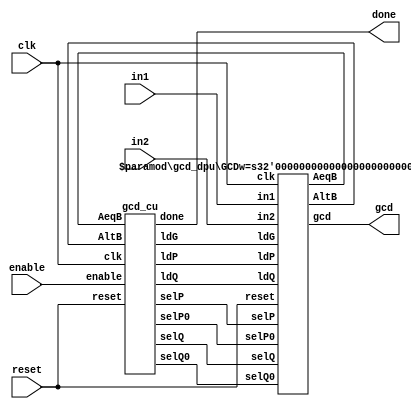
/************************
*	GCD
*************************/

// synthesis translate_off
`timescale 1ns / 1ps
// synthesis translate_on


module gcd #(
parameter GCDw=32

)( clk, reset, enable, in1, in2, done, gcd);
	input clk, reset;
	input [GCDw-1 : 0] in1, in2;
	output [GCDw-1 : 0] gcd;
	input enable;
	output done;
	wire ldG, ldP, ldQ, selP0, selQ0, selP, selQ;
	wire AeqB, AltB;
	
	gcd_cu CU( 
		.clk (clk),
		.reset (reset),
		.AeqB (AeqB),
		.AltB (AltB),
		.enable (enable),
		.ldG (ldG),
		.ldP (ldP),
		.ldQ (ldQ),
		.selP0 (selP0),
		.selQ0 (selQ0),
		.selP (selP),
		.selQ (selQ),
		.done (done)
	);
	
	
	gcd_dpu #(
		.GCDw(GCDw)	
	)DPU(
		.clk (clk),
		.reset (reset),
		.in1 (in1),
		.in2 (in2),
		.gcd (gcd),
		.AeqB (AeqB),
		.AltB (AltB),
		.ldG  (ldG),
		.ldP (ldP),
		.ldQ (ldQ),
		.selP0 (selP0),
		.selQ0 (selQ0),
		.selP (selP),
		.selQ (selQ)
		);
		

endmodule




/************************
*	gcd_cu
*************************/

module gcd_cu (clk, reset, ldG, ldP, ldQ, selP0, selQ0, selP, selQ, AeqB, AltB, done, enable);
	input clk, reset;
	input AeqB, AltB, enable;
	output ldG, ldP, ldQ, selP0, selQ0, selP, selQ, done;
	reg ldG, ldP, ldQ, selP0, selQ0, selP, selQ, done;

	
	//State encoding 
	parameter S0 = 2'b00, S1 = 2'b01, S2 = 2'b10;
	reg [1:0] y;
	always @ (posedge reset or posedge clk) begin
		if (reset == 1) y <= S0;
		else begin 
			case (y)
				S0: begin if (enable == 1) y <= S1;
					else y <= S0;
				end	
				S1: begin if (AeqB == 1) y <= S2;
					else y <= S1;
				end
				S2: begin if (enable == 0) y <= S0;
					else y <= S2;
				end
				default: y <= S0;
			endcase
		end
	end
	
	
	always @ (y or enable or AeqB or AltB) begin
		ldG = 1'b0; ldP = 1'b0; ldQ = 1'b0;
		selP0 = 1'b0;
		selQ0 = 1'b0;
		selP = 1'b0;	
		selQ = 1'b0;
		done = 1'b0;
		case (y)
		S0:	begin
			done = 1'b1;
			if (enable == 1)begin
				selP0 = 1; ldP = 1; selQ0 = 1; ldQ = 1; done = 0;
			end
		end
			
		S1: begin
			if (AeqB == 1) begin 
				ldG = 1; 
				done = 1;
			end
			else if (AltB == 1) begin
				ldQ = 1;
			end
			else begin
				ldP = 1; selP = 1; selQ = 1;
			end
		end
		S2: begin
			ldG = 1;
			done = 1;
		end
		default: ;
		endcase
		end
	endmodule


	
/************************
*	gcd_dpu
*************************/

module gcd_dpu #(
	parameter GCDw=32

)( clk, reset, in1, in2, gcd, ldG, ldP, ldQ, selP0, selQ0, selP, selQ, AeqB, AltB);
	input clk, reset;
	input [GCDw-1:0] in1, in2;
	output [GCDw-1:0]  gcd;
	input ldG, ldP, ldQ, selP0, selQ0, selP, selQ;
	output AeqB, AltB;
	reg [GCDw-1:0]  reg_P, reg_Q;
	wire [GCDw-1:0]  wire_ALU;
	reg [GCDw-1:0]  gcd;
	wire AeqB, AltB;
	//RegP with Multiplex 2:1
	always @ (posedge clk or posedge reset)begin
		if (reset == 1) reg_P <= 0;
		else begin 
			if (ldP == 1)begin
				if (selP0==1) reg_P <= in1;
				else reg_P <= wire_ALU;
			end
		end
	end

		//RegQ with Multiplex 2:1
	always @ (posedge clk or posedge reset) begin
		if (reset == 1) reg_Q <= 0;
		else begin 
			if (ldQ == 1)begin
				if (selQ0==1) reg_Q <= in2;
				else reg_Q <= wire_ALU;
			end
		end
	end

	//RegG with enable signal
	always @ (posedge clk or posedge reset)begin
		if (reset == 1) gcd <= {GCDw{1'b0}};
		else begin 
			if (ldG == 1) gcd <= reg_P;
		end
	end

	//Comparator
	assign AeqB = (reg_P == reg_Q)? 1'b1 : 1'b0;
	assign AltB = (reg_P < reg_Q) ? 1'b1 : 1'b0;
	
	//Subtractor
	assign wire_ALU = ((selP == 1) & (selQ == 1)) ? (reg_P - reg_Q) : (reg_Q - reg_P);
endmodule